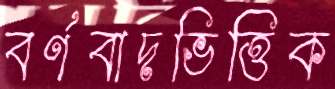
বর্ণবাদভিত্তিক